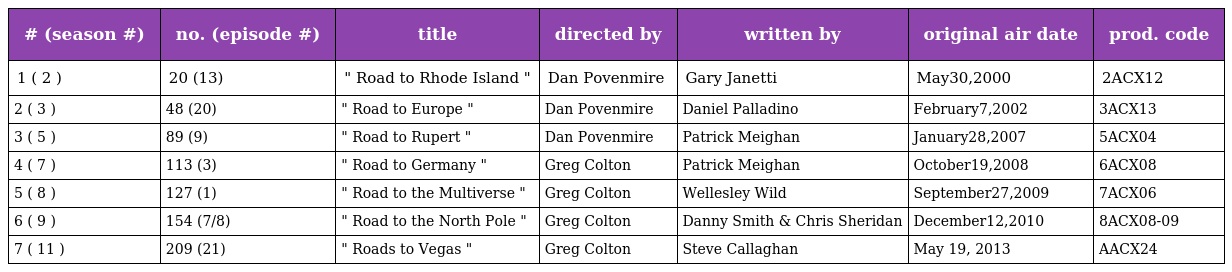
| # (season #) | no. (episode #) | title | directed by | written by | original air date | prod. code |
 | --- | --- | --- | --- | --- | --- | --- |
 | 1 ( 2 ) | 20 (13) | " Road to Rhode Island " | Dan Povenmire | Gary Janetti | May30,2000 | 2ACX12 |
 | 2 ( 3 ) | 48 (20) | " Road to Europe " | Dan Povenmire | Daniel Palladino | February7,2002 | 3ACX13 |
 | 3 ( 5 ) | 89 (9) | " Road to Rupert " | Dan Povenmire | Patrick Meighan | January28,2007 | 5ACX04 |
 | 4 ( 7 ) | 113 (3) | " Road to Germany " | Greg Colton | Patrick Meighan | October19,2008 | 6ACX08 |
 | 5 ( 8 ) | 127 (1) | " Road to the Multiverse " | Greg Colton | Wellesley Wild | September27,2009 | 7ACX06 |
 | 6 ( 9 ) | 154 (7/8) | " Road to the North Pole " | Greg Colton | Danny Smith & Chris Sheridan | December12,2010 | 8ACX08-09 |
 | 7 ( 11 ) | 209 (21) | " Roads to Vegas " | Greg Colton | Steve Callaghan | May 19, 2013 | AACX24 |